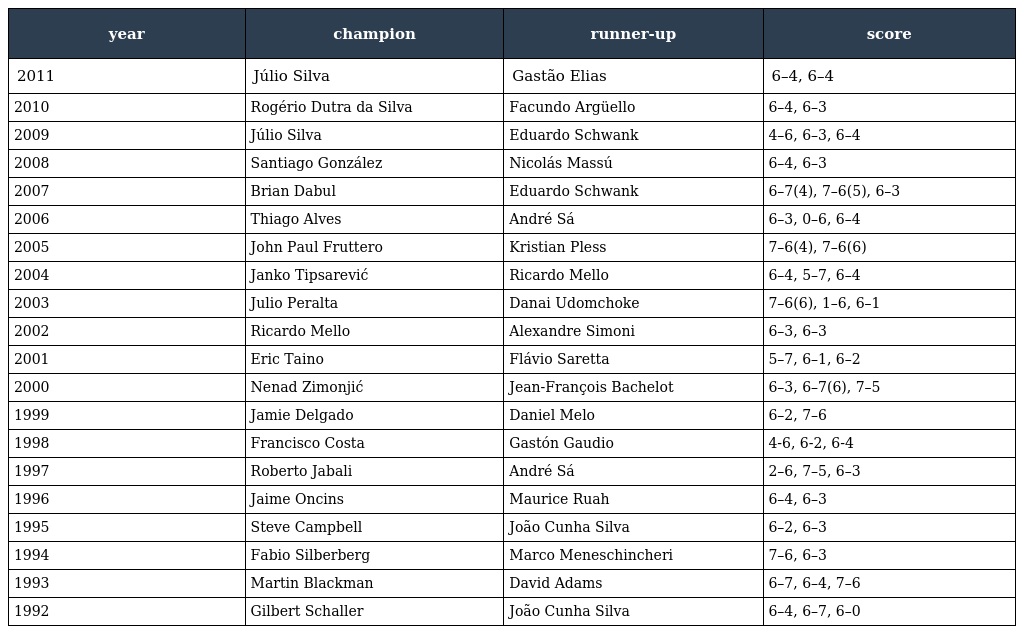
| year | champion | runner-up | score |
 | --- | --- | --- | --- |
 | 2011 | Júlio Silva | Gastão Elias | 6–4, 6–4 |
 | 2010 | Rogério Dutra da Silva | Facundo Argüello | 6–4, 6–3 |
 | 2009 | Júlio Silva | Eduardo Schwank | 4–6, 6–3, 6–4 |
 | 2008 | Santiago González | Nicolás Massú | 6–4, 6–3 |
 | 2007 | Brian Dabul | Eduardo Schwank | 6–7(4), 7–6(5), 6–3 |
 | 2006 | Thiago Alves | André Sá | 6–3, 0–6, 6–4 |
 | 2005 | John Paul Fruttero | Kristian Pless | 7–6(4), 7–6(6) |
 | 2004 | Janko Tipsarević | Ricardo Mello | 6–4, 5–7, 6–4 |
 | 2003 | Julio Peralta | Danai Udomchoke | 7–6(6), 1–6, 6–1 |
 | 2002 | Ricardo Mello | Alexandre Simoni | 6–3, 6–3 |
 | 2001 | Eric Taino | Flávio Saretta | 5–7, 6–1, 6–2 |
 | 2000 | Nenad Zimonjić | Jean-François Bachelot | 6–3, 6–7(6), 7–5 |
 | 1999 | Jamie Delgado | Daniel Melo | 6–2, 7–6 |
 | 1998 | Francisco Costa | Gastón Gaudio | 4-6, 6-2, 6-4 |
 | 1997 | Roberto Jabali | André Sá | 2–6, 7–5, 6–3 |
 | 1996 | Jaime Oncins | Maurice Ruah | 6–4, 6–3 |
 | 1995 | Steve Campbell | João Cunha Silva | 6–2, 6–3 |
 | 1994 | Fabio Silberberg | Marco Meneschincheri | 7–6, 6–3 |
 | 1993 | Martin Blackman | David Adams | 6–7, 6–4, 7–6 |
 | 1992 | Gilbert Schaller | João Cunha Silva | 6–4, 6–7, 6–0 |